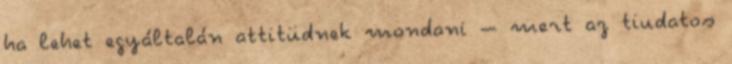
ha lehet egyáltalán attitüdnek mondani – mert az tiudatos